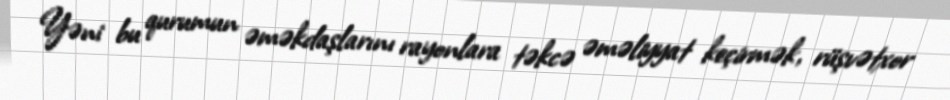
Yəni bu qurumun əməkdaşlarını rayonlara təkcə əməliyyat keçirmək, rüşvətxor